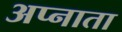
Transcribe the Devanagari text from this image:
अप्नाता